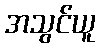
အသွင်ယူ